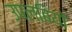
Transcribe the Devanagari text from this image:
उपलबियों